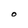
Character: O